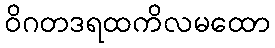
ဝိဂတဒရထကိလမထော